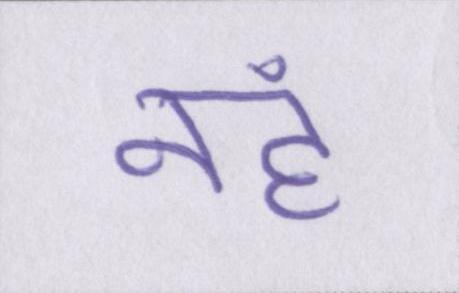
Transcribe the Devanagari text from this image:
नहं